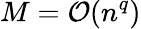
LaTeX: M={\cal{O}}(n^{q})